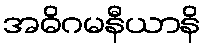
အဓိဂမနီယာနိ